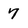
Character: 7